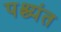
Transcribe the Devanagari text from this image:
पश्च्यंत